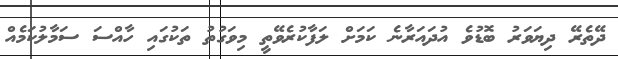
ދޭތެރޭ ދިޔަވަރު ބޮޑުވެ އުދައަރާނެ ކަމަށް ލަފާކުރެވޭތީ މިވަގުތު ތަކުގައި ހާއްސަ ސަމާލުކަމެއް